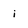
Character: i